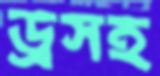
ড্রসহ